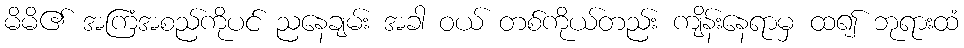
မိမိ၏ အကြံအစည်ကိုပင် ညနေချမ်း အခါ ဝယ် တစ်ကိုယ်တည်း ကျိန်းနေရာမှ ထ၍ ဘုရားထံ